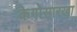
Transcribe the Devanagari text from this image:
केगोसारखा